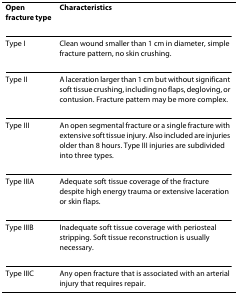
| Open fracture type | Characteristics |
 | --- | --- |
 | Type I | Clean wound smaller than 1 cm in diameter, simple fracture pattern, no skin crushing. |
 | Type II | A laceration larger than 1 cm but without significant soft tissue crushing, including no flaps, degloving, or contusion. Fracture pattern may be more complex. |
 | Type III | An open segmental fracture or a single fracture with extensive soft tissue injury. Also included are injuries older than 8 hours. Type III injuries are subdivided into three types. |
 | Type IIIA | Adequate soft tissue coverage of the fracture despite high energy trauma or extensive laceration or skin flaps. |
 | Type IIIB | Inadequate soft tissue coverage with periosteal stripping. Soft tissue reconstruction is usually necessary. |
 | Type IIIC | Any open fracture that is associated with an arterial injury that requires repair. |